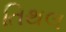
તિથલ